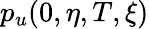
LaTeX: p_{u}(0,\eta,T,\xi)